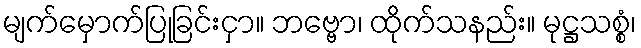
မျက်မှောက်ပြုခြင်းငှာ။ ဘဗ္ဗော၊ ထိုက်သနည်း။ မုဋ္ဌသစ္စံ၊